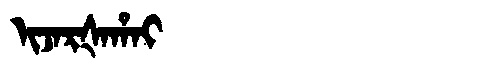
Manchu: ᡳᠵᠠᡵᡧᠠᡥᠠᡳ
Romanization: IJARŠAHAI